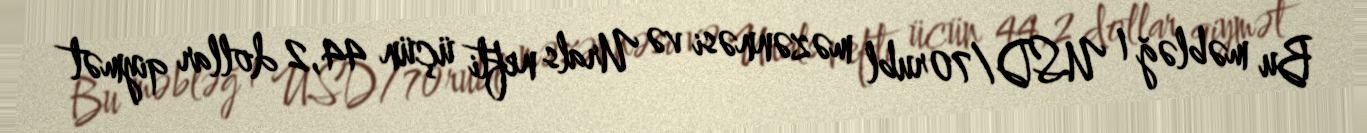
Bu məbləğ 1 USD/70rubl məzənnəsi və Urals nefti üçün 44,2 dollar qiymət